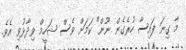
މާ ގިނަ ފައިސާ ހުރެގެން ނޫން" ކަމަށް ވެސް ޝަހީމް ވިދާޅުވި އެވެ.